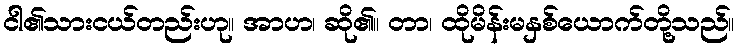
ငါ၏သားငယ်တည်းဟု။ အာဟ၊ ဆို၏။ တာ၊ ထိုမိန်းမနှစ်ယောက်တို့သည်။